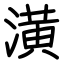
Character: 潢